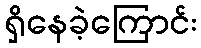
ရှိနေခဲ့ကြောင်း